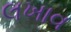
લખાવ